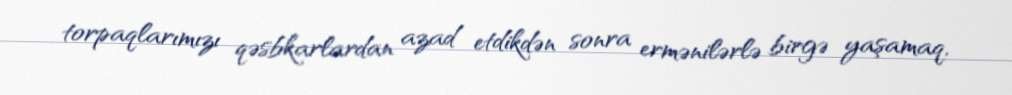
torpaqlarımızı qəsbkarlardan azad etdikdən sonra ermənilərlə birgə yaşamaq,